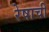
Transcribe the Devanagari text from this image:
रेषाची